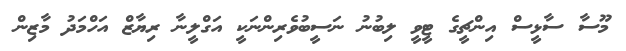
މޫސާ ސާޅީސް އިންޗީގެ ޓީވީ ލިބުނު ނަސީބުވެރިންނަކީ އަގްލީނާ ރިޔާޒް އަހްމަދު މާޒިން